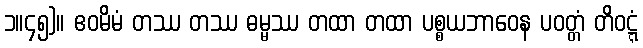
၁။၄၅)။ ဧဝမိမံ တဿ တဿ ဓမ္မဿ တထာ တထာ ပစ္စယဘာဝေန ပဝတ္တံ တိဝဋ္ဋံ